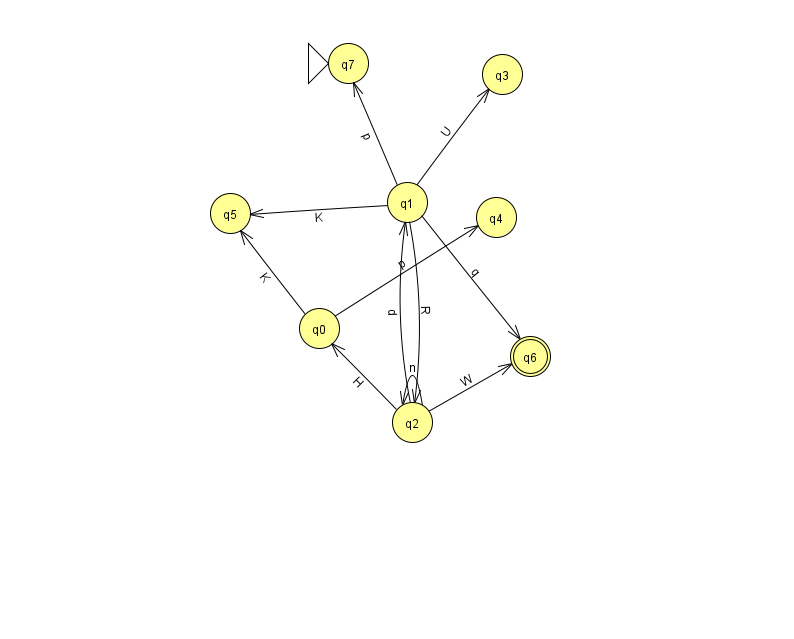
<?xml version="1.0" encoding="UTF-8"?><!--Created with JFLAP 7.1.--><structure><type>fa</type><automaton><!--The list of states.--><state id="0" name="q0"><x>319.0</x><y>315.0</y></state><state id="1" name="q1"><x>407.0</x><y>189.0</y></state><state id="2" name="q2"><x>412.0</x><y>409.0</y></state><state id="3" name="q3"><x>502.0</x><y>61.0</y></state><state id="4" name="q4"><x>496.0</x><y>204.0</y></state><state id="5" name="q5"><x>230.0</x><y>200.0</y></state><state id="6" name="q6"><x>530.0</x><y>343.0</y><final/></state><state id="7" name="q7"><x>348.0</x><y>50.0</y><initial/></state><!--The list of transitions.--><transition><from>1</from><to>2</to><read>R</read></transition><transition><from>2</from><to>6</to><read>W</read></transition><transition><from>1</from><to>6</to><read>q</read></transition><transition><from>2</from><to>1</to><read>d</read></transition><transition><from>1</from><to>3</to><read>U</read></transition><transition><from>0</from><to>4</to><read>p</read></transition><transition><from>0</from><to>5</to><read>K</read></transition><transition><from>1</from><to>5</to><read>K</read></transition><transition><from>1</from><to>7</to><read>p</read></transition><transition><from>2</from><to>0</to><read>H</read></transition><transition><from>2</from><to>2</to><read>n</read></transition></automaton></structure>